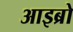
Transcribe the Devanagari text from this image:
आइब्रो